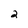
Character: 2